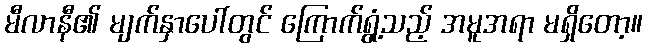
မီလာနီ၏ မျက်နှာပေါ်တွင် ကြောက်ရွံ့သည့် အမူအရာ မရှိတော့။